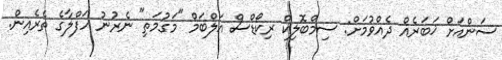
ސަންއަށް ޚަބަރެއް ދެއްވުމަށް: ސިމްބޮލިކް ރިކޯޑްސް އަލްބަމް "މަގުމަތި" ނެރުނު ހަފްލާގެ ތެރެއިން.